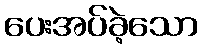
ပေးအပ်ခဲ့သော